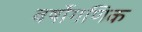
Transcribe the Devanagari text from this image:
वर्षोगणिक